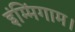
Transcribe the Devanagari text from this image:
इंम्मिंगाम।